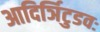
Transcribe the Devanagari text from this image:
आदिर्ञिटुडवः